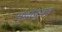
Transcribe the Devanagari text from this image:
मुद्रायुक्त